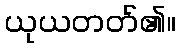
ယုယတတ်၏။